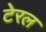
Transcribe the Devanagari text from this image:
टेरल